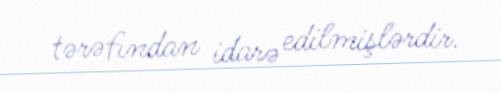
tərəfından idarə edilmişlərdir.